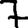
Digit: 7